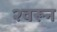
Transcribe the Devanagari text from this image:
२वरून